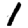
Digit: 1